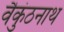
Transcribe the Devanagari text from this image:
वैकुंठनाथ